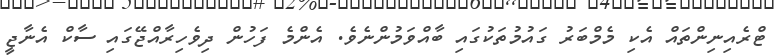
ޓްރެއިނިންތައް އެކި މެމްބަރު ގައުމުތަކުގައި ބާއްވަމުންނެވެ. އެންމެ ފަހުން ދިވެހިރާއްޖޭގައި ސާކް އެނާޖީ